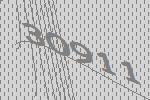
30911